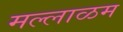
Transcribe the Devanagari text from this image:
मल्लाळम